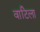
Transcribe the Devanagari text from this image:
वाटिला